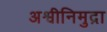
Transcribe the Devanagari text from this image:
अश्वीनिमुद्रा